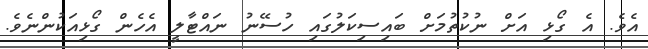
އެވެ. އެ ގޯޅި އަށް ނުކުތުމަށް ބައިސިކަލުގައި ހުސޭނު ނައްޓާލީ އެހެން ގޯޅިއަކުންނެވެ.